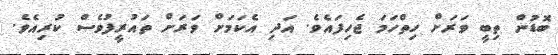
ބޮޑުން ތިބީ ވަރަށް ހިތްހަމަ ޖެހިފައެވެ. އަދި އެކަމަށް ވަރަށް ތައުރީފުވެސް ކުރިއެވެ.